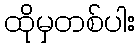
ထိုမှတစ်ပါး